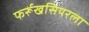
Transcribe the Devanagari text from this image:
फर्रूखसियरला